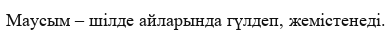
Маусым – шілде айларында гүлдеп, жемістенеді.